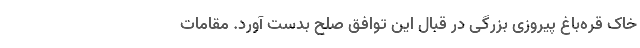
خاک قره‌باغ پیروزی بزرگی در قبال این توافق صلح بدست آورد. مقامات